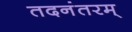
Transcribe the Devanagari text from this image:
तदनंतरम्